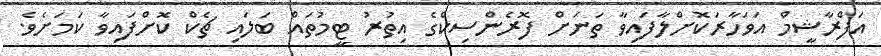
އަފްރާޝީމް އަވަހާރަކޮށްލާފައިވާ ތަނަށް ފޮރެންސިކްގެ އިތުރު ޓީމުތައް ބަލައި ޗެކް ކޮށްފައިވާ ކަމަށެވެ.